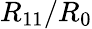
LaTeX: R_{11}/R_{0}